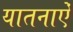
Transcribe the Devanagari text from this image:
यातनाऐं